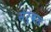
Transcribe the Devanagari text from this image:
सेर्बल